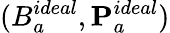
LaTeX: (B_{a}^{ideal},{\mathbf P}_{a}^{ideal})